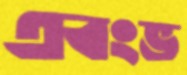
এবংভ